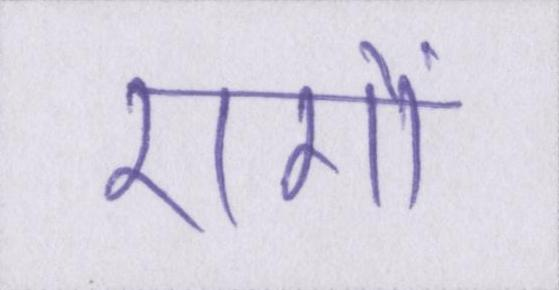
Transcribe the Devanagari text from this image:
रागों